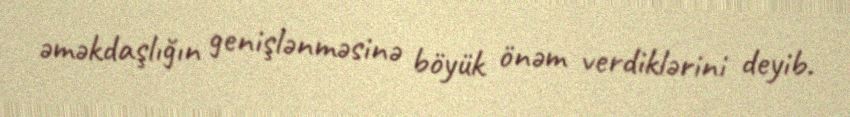
əməkdaşlığın genişlənməsinə böyük önəm verdiklərini deyib.